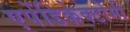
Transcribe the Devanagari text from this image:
एपेंडिकेक्टोमी